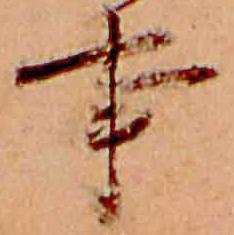
事